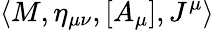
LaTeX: \left<M,\eta_{\mu\nu},[A_{\mu}],J^{\mu}\right>